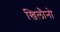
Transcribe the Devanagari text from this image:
खिलौनो